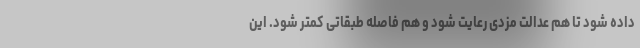
داده شود تا هم عدالت مزدی رعایت شود و هم فاصله طبقاتی کمتر شود. این